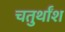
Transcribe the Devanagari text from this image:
चतुर्थाँश